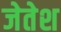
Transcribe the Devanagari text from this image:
जेतेश